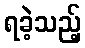
ရခဲ့သည့်